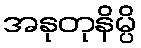
အနုတုနိမ္ပိ